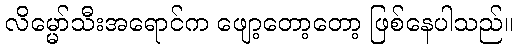
လိမ္မော်သီးအရောင်က ဖျော့တော့တော့ ဖြစ်နေပါသည်။